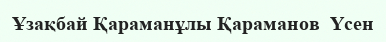
Ұзақбай Қараманұлы Қараманов  Үсен